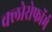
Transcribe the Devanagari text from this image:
क्‍लोरोफॉर्म